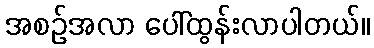
အစဉ်အလာ ပေါ်ထွန်းလာပါတယ်။